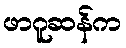
ဖာဂူဆန်က